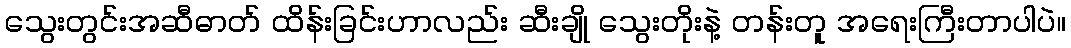
သွေးတွင်းအဆီဓာတ် ထိန်းခြင်းဟာလည်း ဆီးချို သွေးတိုးနဲ့ တန်းတူ အရေးကြီးတာပါပဲ။